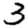
Digit: 3